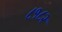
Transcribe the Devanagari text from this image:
८१८२